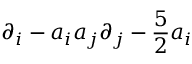
\partial _ { i } - a _ { i } a _ { j } \partial _ { j } - { \frac { 5 } { 2 } } a _ { i }